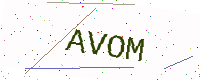
Text: AVOM